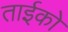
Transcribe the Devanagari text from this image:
ताईको